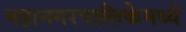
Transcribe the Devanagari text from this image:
महानगरपालिकेमध्ये